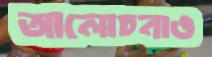
আলোচনাও